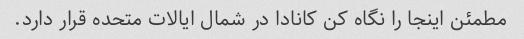
مطمئن اینجا را نگاه کن کانادا در شمال ایالات متحده قرار دارد.